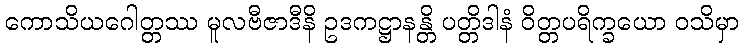
ကောသိယဂေါတ္တဿ မူလဗီဇာဒီနိ ဥဒကဋ္ဌာနန္တိ ပတ္တိဒါနံ ဝိတ္တပရိက္ခယော ဝသိမှာ